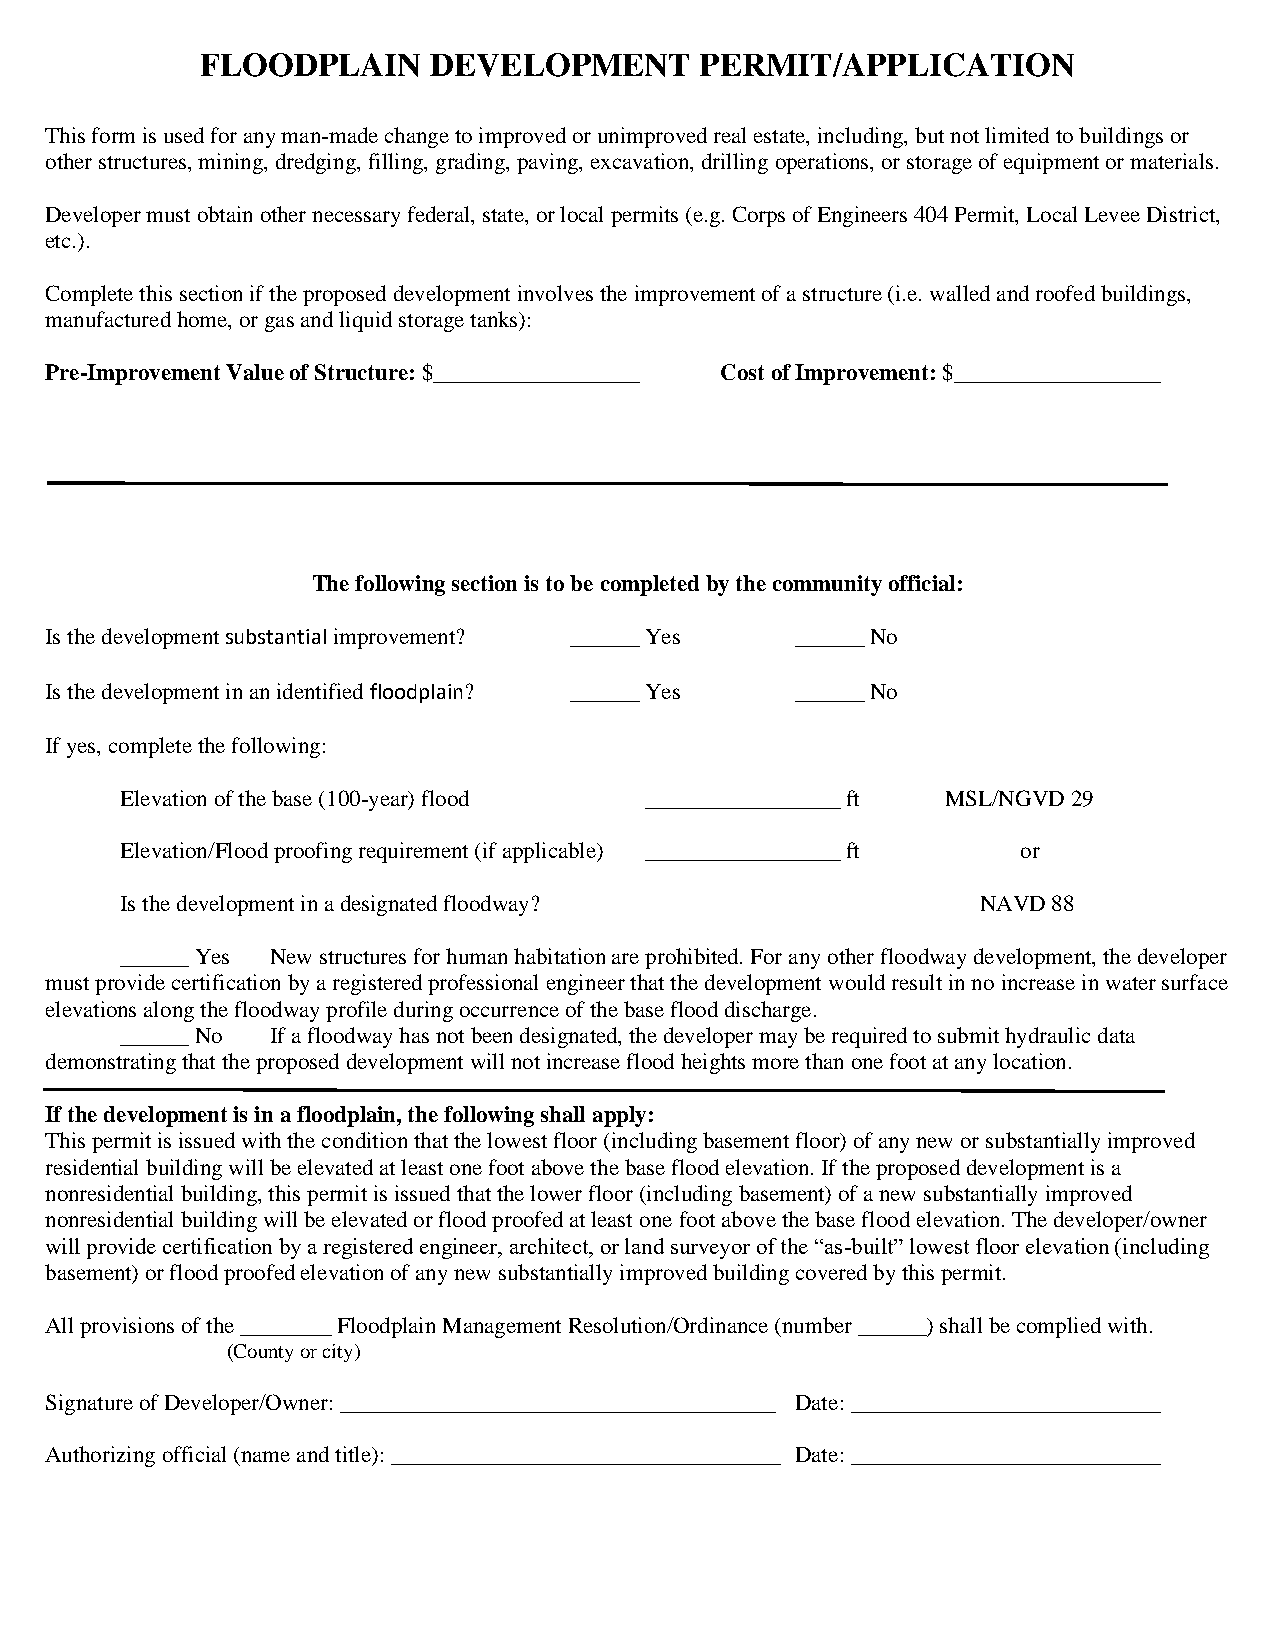
FLOODPLAIN     DEVELOPMENT       PERMIT/APPLICATION
 This form is used for any man-made change to improved or unimproved real estate, including, but not limited to buildings or
 other structures, mining, dredging, filling, grading, paving, excavation, drilling operations, or storage of equipment or materials.
 Developer must obtain other necessary federal, state, or local permits (e.g. Corps of Engineers 404 Permit, Local Levee District,
 etc.).
 Complete this section if the proposed development involves the improvement of a structure (i.e. walled and roofed buildings,
 manufactured home, or gas and liquid storage tanks):
 Pre-Improvement Value of Structure: $__________________ Cost of Improvement: $__________________
 The following section is to be completed by the community official:
 Is the development substantial improvement? ______ Yes ______ No
 Is the development in an identified floodplain? ______ Yes ______ No
 If yes, complete the following:
 Elevation of the base (100-year) flood _________________ ft MSL/NGVD 29
 Elevation/Flood proofing requirement (if applicable) _________________ ft or
 Is the development in a designated floodway?             NAVD 88
 ______ Yes New structures for human habitation are prohibited. For any other floodway development, the developer
 must provide certification by a registered professional engineer that the development would result in no increase in water surface
 elevations along the floodway profile during occurrence of the base flood discharge.
 ______ No If a floodway has not been designated, the developer may be required to submit hydraulic data
 demonstrating that the proposed development will not increase flood heights more than one foot at any location.
 If the development is in a floodplain, the following shall apply:
 This permit is issued with the condition that the lowest floor (including basement floor) of any new or substantially improved
 residential building will be elevated at least one foot above the base flood elevation. If the proposed development is a
 nonresidential building, this permit is issued that the lower floor (including basement) of a new substantially improved
 nonresidential building will be elevated or flood proofed at least one foot above the base flood elevation. The developer/owner
 will provide certification by a registered engineer, architect, or land surveyor of the “as-built” lowest floor elevation (including
 basement) or flood proofed elevation of any new substantially improved building covered by this permit.
 All provisions of the ________ Floodplain Management Resolution/Ordinance (number______) shall be complied with.
 (County or city)
 Signature of Developer/Owner:______________________________________ Date: ___________________________
 Authorizing official (name and title):__________________________________ Date:___________________________